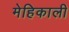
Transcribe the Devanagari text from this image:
मेहिकाली